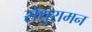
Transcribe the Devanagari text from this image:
सेथुरामन